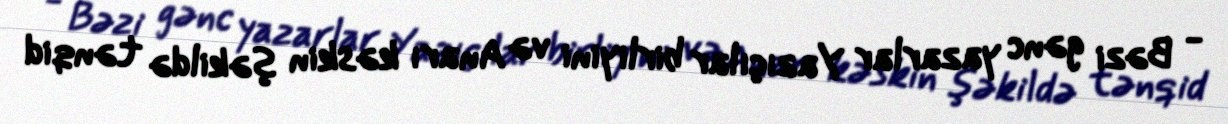
- Bəzi gənc yazarlar Yazıçılar birliyini və Anarı kəskin şəkildə tənqid